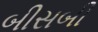
બીસબી